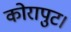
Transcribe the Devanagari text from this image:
कोरापुट।